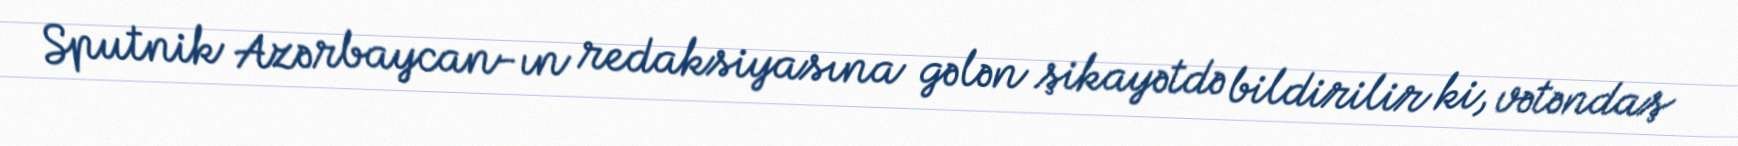
Sputnik Azərbaycan-ın redaksiyasına gələn şikayətdə bildirilir ki, vətəndaş